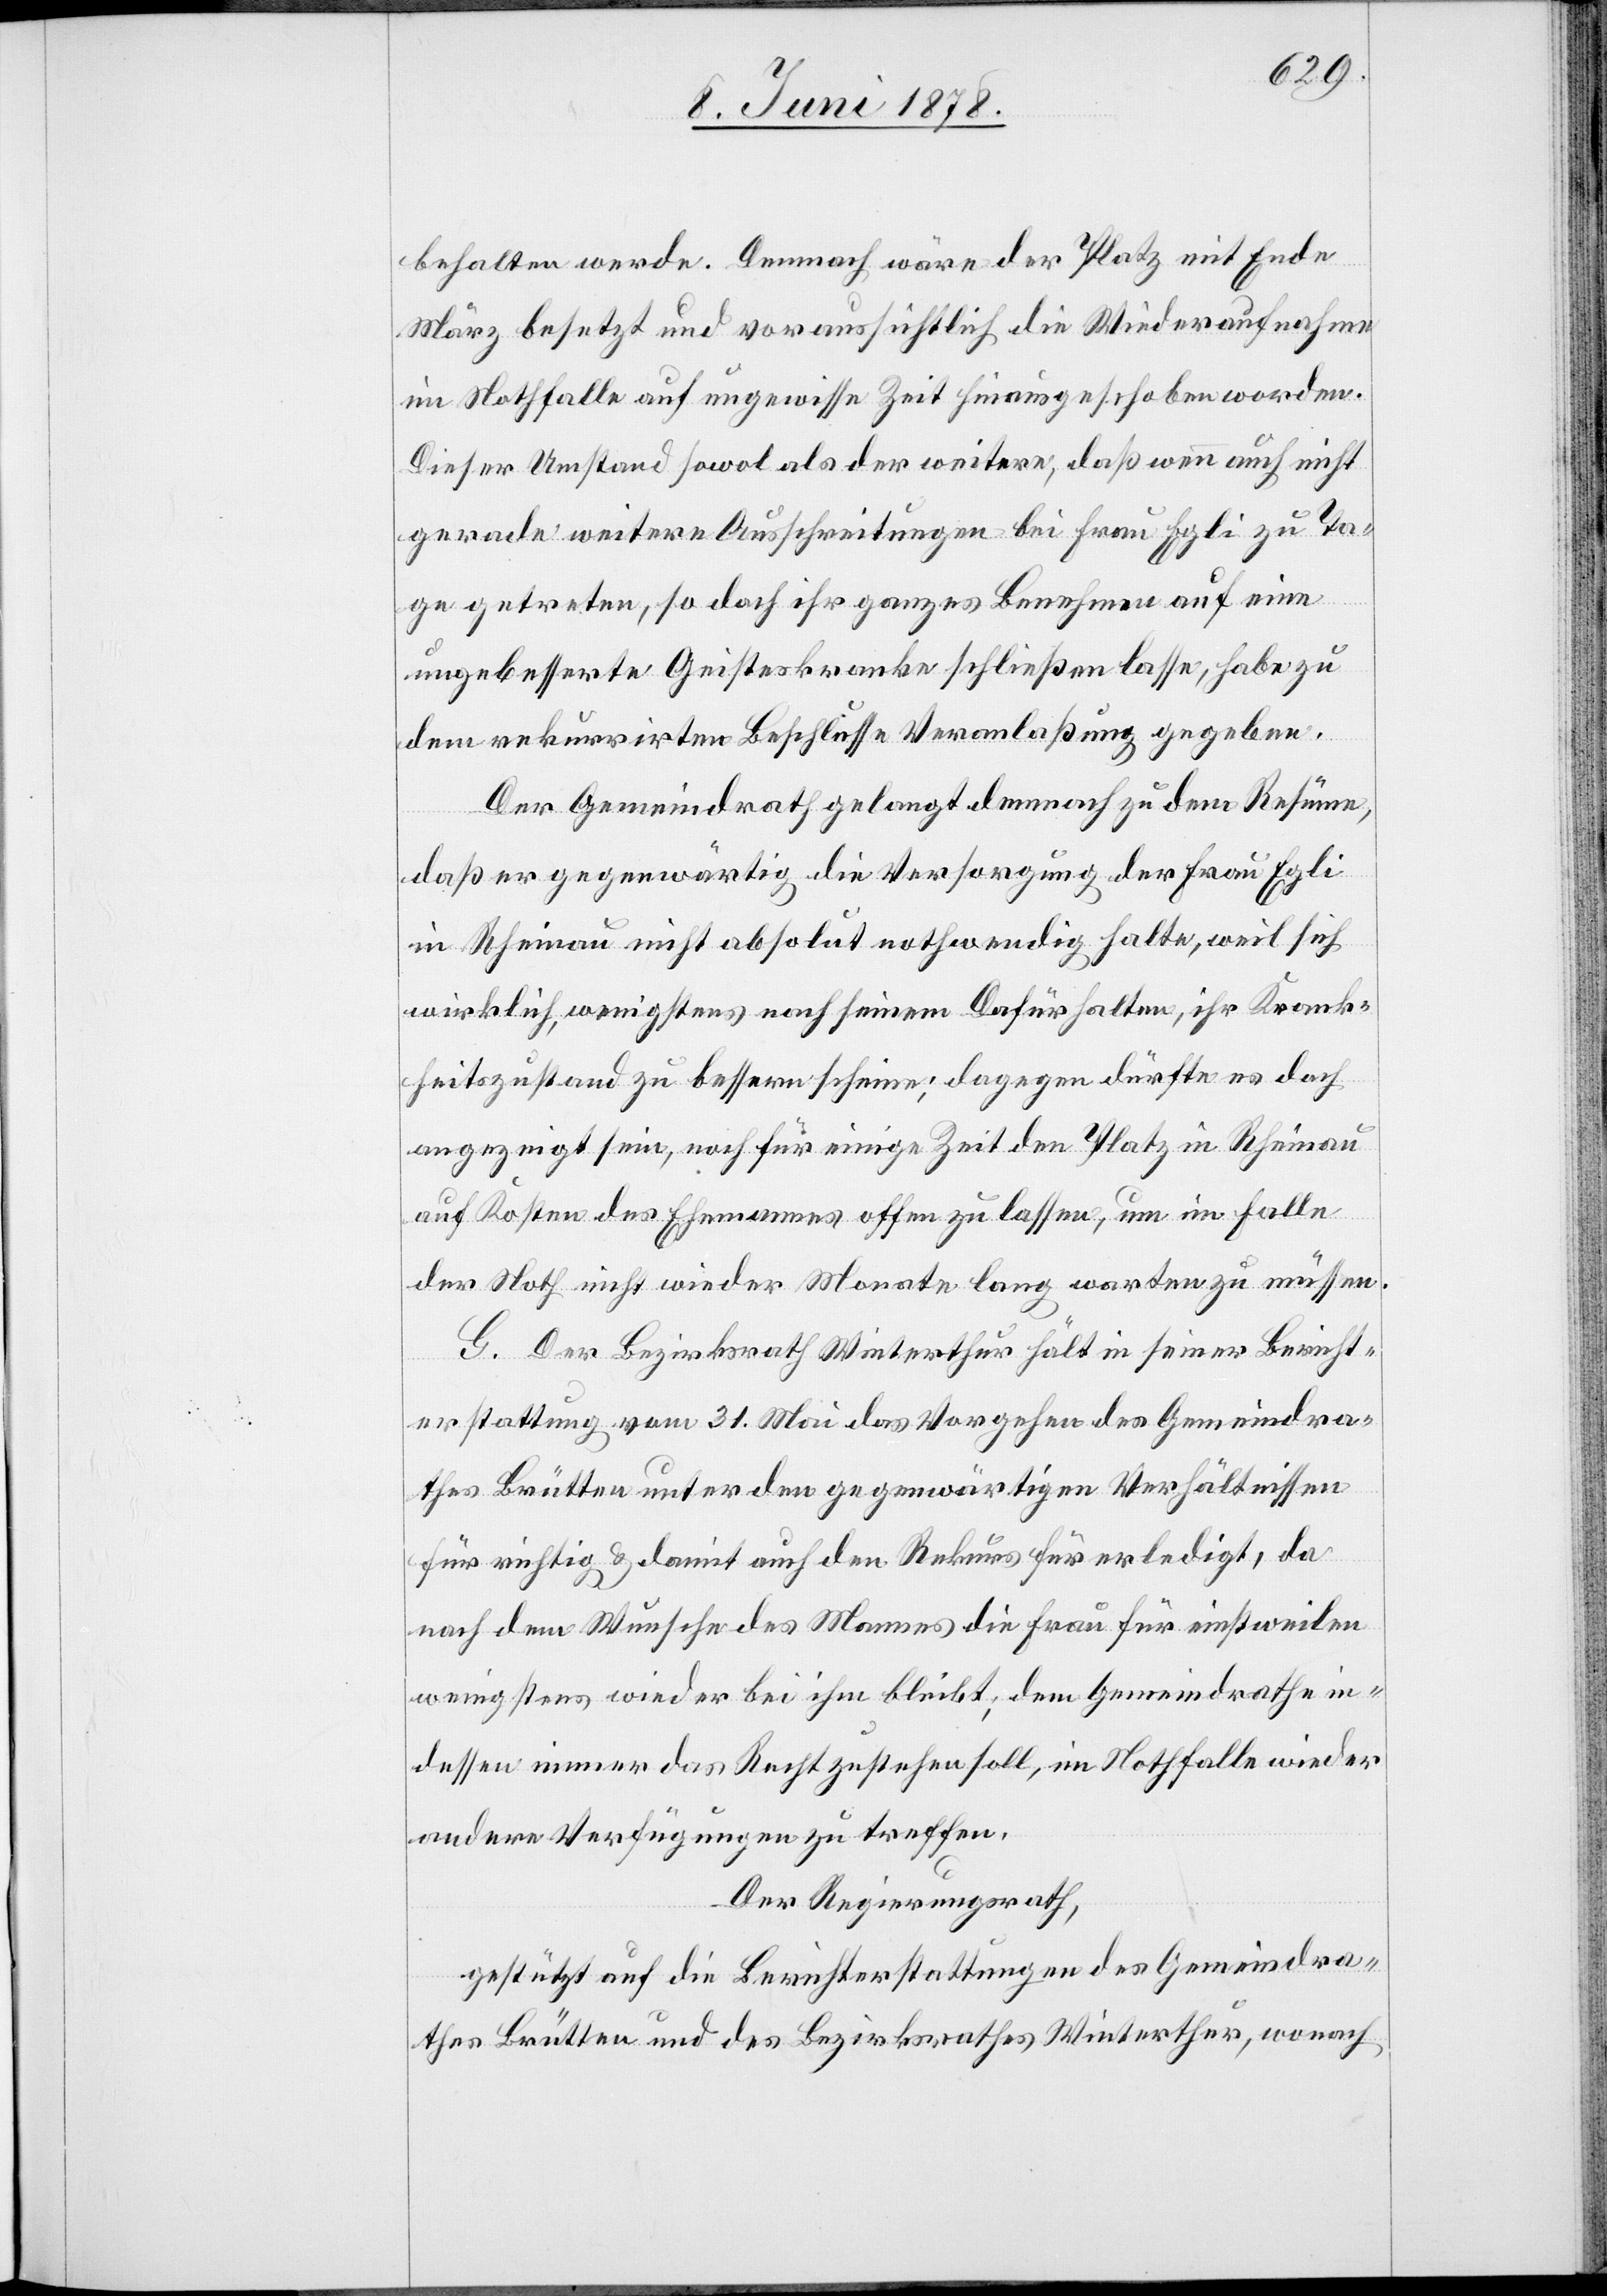
behalten werde. Demnach wäre der Platz nicht Ende
März besetzt und voraussichtlich die Wiederaufnahme
im Nothfalle auf ungewisse Zeit hinausgeschoben worden.
Dieser Umstand sowol als der weitere, daß wenn auch nicht
gerade weitere Ausschreitungen bei Frau Egli zu Ta¬
ge getreten, so doch ihr ganzes Benehmen auf eine
ungebesserte Geisteskranke schließen lasse, habe zu
dem rekurrirten Beschlusse Veranlaßung gegeben.
Der Gemeindrath gelangt demnach zu dem Resüme,
daß er gegenwärtig die Versorgung der Frau Egli
in Rheinau nicht absolut nothwendig halte, weil sich
wirklich, wenigstens nach seinem Dafürhalten, ihr Krank¬
heitszustand zu bessern scheine; dagegen dürfte es doch
angezeigt sein, noch für einige Zeit den Platz in Rheinau
auf Kosten des Ehemannes offen zu lassen, um im Falle
der Noth nicht wieder Monate lang warten zu müssen.
G. Der Bezirksrath Winterthur hält in seiner Bericht¬
erstattung vom 31. Mai das Vorgehen des Gemeindra¬
thes Brütten unter den gegenwärtigen Verhältnissen
für richtig & damit auch den Rekurs für erledigt, da
nach dem Wunsche des Mannes die Frau für einstweilen
wenigstens wieder bei ihm bleibt; dem Gemeindrathe in¬
dessen immer das Recht zustehen soll, im Nothfalle wieder
andere Verfügungen zu treffen.
Der Regierungsrath,
gestützt auf die Berichterstattungen des Gemeindra¬
thes Brütten und des Bezirksrathes Winterthur, wonach